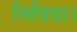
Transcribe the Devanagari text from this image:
निविदा।